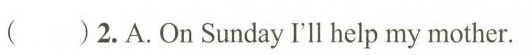
( )2.A.On Sunday Il help my mother.